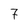
Character: 7